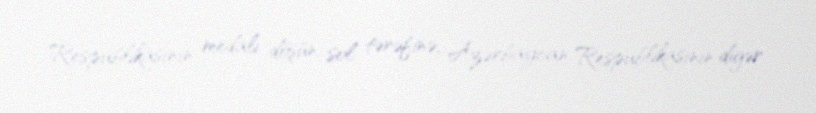
Respublikasının medalı döşün sol tərəfinə, Azərbaycan Respublikasının digər